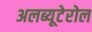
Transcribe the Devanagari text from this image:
अलब्यूटेरोल